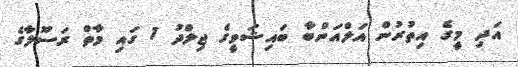
އަދި މީގެ އިތުރުން އަލްއަންބާ ބައިޝަވީގެ ޖިލްދު 1 ގައި މާތް ރަސޫލާގެ